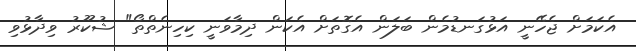
އެކަމަށް ޖެހޭނީ އަޅުގަނޑުމެން ބަލަން އެގޮތަށް އެކަން ދިމާވަނީ ކިހިނެތްތޯ" ޝުކޫރު ވިދާޅުވި